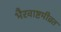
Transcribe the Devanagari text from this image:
भैरवाष्टमीव्रत